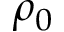
\rho _ { 0 }